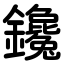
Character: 鑱